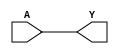
module BUFx2_ASAP7_75t_BB (A, Y);
	input A;
	output Y;
	assign Y = A;
endmodule